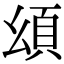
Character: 𩑗